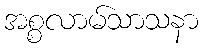
အစ္စလာမ်သာသနာ